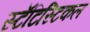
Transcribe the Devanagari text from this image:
स्टॅटिस्टिकल